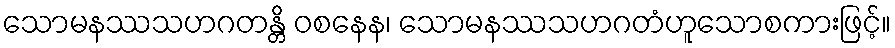
သောမနဿသဟဂတန္တိ ဝစနေန၊ သောမနဿသဟဂတံဟူသောစကားဖြင့်။